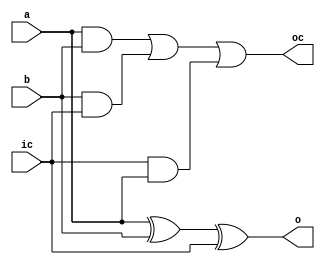

/////////////////Design flow level////////////////////////////////

module Nbit_paraadder(a,b,ic,o,oc);
input a,b,ic;
output o,oc;
assign o = a^b^ic;
assign oc = a&b|b&ic|ic&a;
endmodule
module main(in1,in2,ic,out,oc);
input [3:0]in1;
 
input [3:0]in2;
 
input ic;
 
output [3:0]out;
 
output [3:0]oc;
 
Nbit_paraadder fa1(in1[0],in2[0],ic,out[0],oc[0]);
 
Nbit_paraadder fa2(in1[1],in2[1],oc[0],out[1],oc[1]);
 
Nbit_paraadder fa3(in1[2],in2[2],oc[1],out[2],oc[2]);
Nbit_paraadder fa4(in1[3],in2[3],oc[2],out[3],oc[3]);
 
endmodule